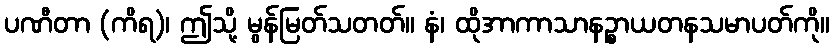
ပဏီတာ (ကိရ)၊ ဤသို့ မွန်မြတ်သတတ်။ နံ၊ ထိုအာကာသာနဉ္စာယတနသမာပတ်ကို။